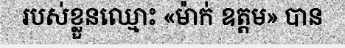
របស់ខ្លួនឈ្មោះ «ម៉ាក់ ឧត្តម» បាន